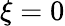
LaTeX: \xi=0